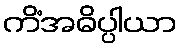
ကိံအဓိပ္ပါယာ